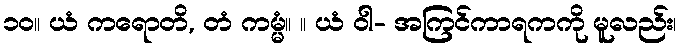
၁၀။ ယံ ကရောတိ, တံ ကမ္မံ။ ။ ယံ ဝါ- အကြင်ကာရကကို မူလည်း၊